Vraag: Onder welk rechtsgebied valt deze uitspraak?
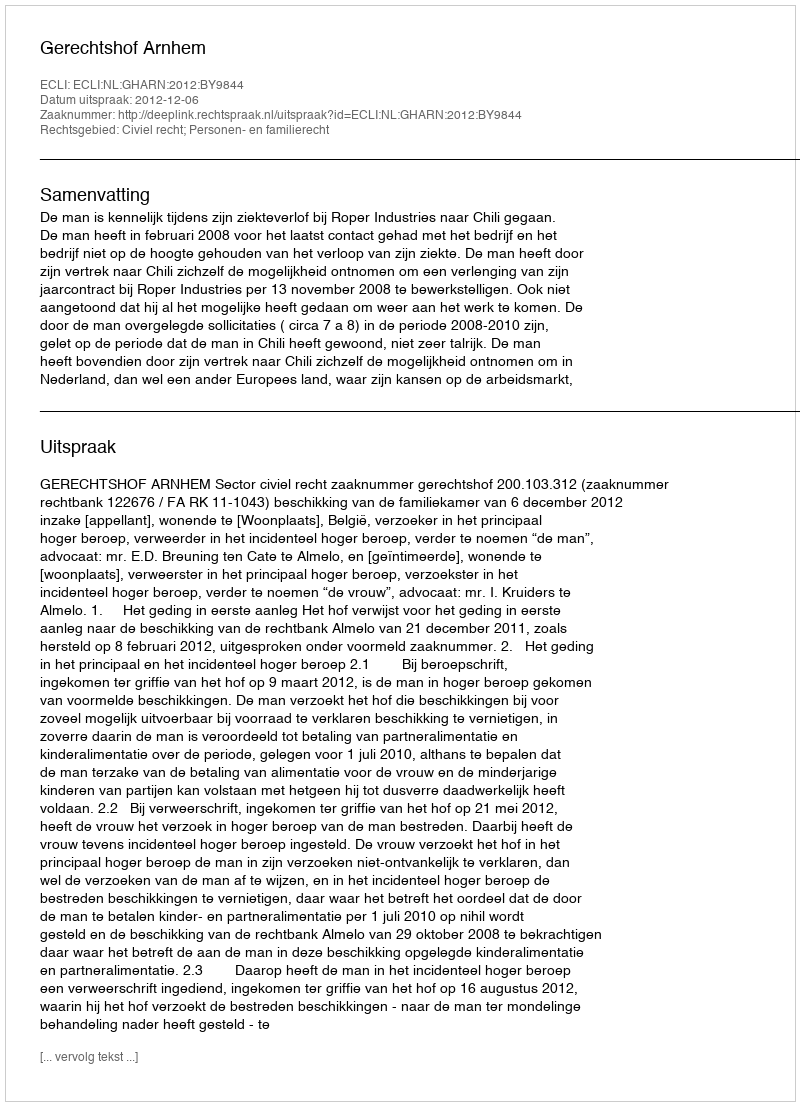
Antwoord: Civiel recht; Personen- en familierecht